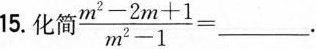
15.化简$$\frac { m ^ { 2 } - 2 m + 1 } { m ^ { 2 } - 1 } =$$___.